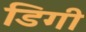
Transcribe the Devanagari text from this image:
डिगी